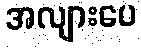
အလျားပေ